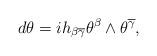
LaTeX: \begin{align*}d\theta =ih_{\beta \overline{\gamma }}\theta ^{\beta }\wedge \theta ^{\overline{\gamma }}, \end{align*}